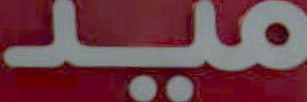
ميد